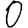
Digit: 0